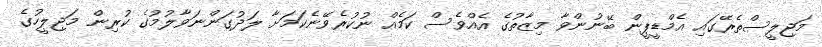
މަޖިލީސްތެރޭގައި އެމްޑީޕީން ބޭނުންވާ މިޒާތުގެ އެއްވެސް ކަމެއް ނުކުރެވޭނެކަމަށާ ލަދުގަންނަވާލުމުގެ ކުރިން މަޖިލީހުގެ